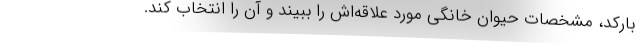
بارکد، مشخصات حیوان خانگی مورد علاقه‌اش را ببیند و آن را انتخاب کند.